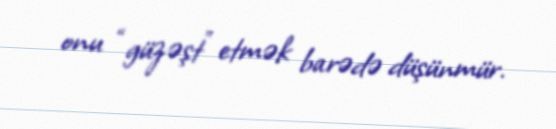
onu “güzəşt” etmək barədə düşünmür.